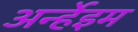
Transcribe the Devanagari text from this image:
अर्न्हेइम